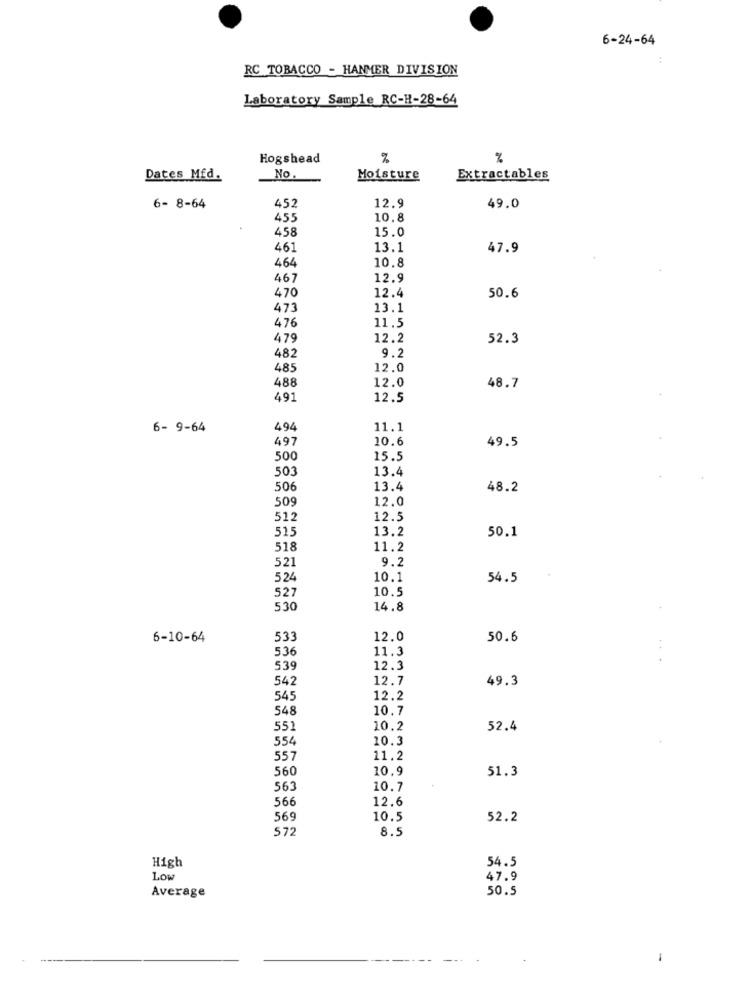
6-24-64
RC TOBACCO - HANMER DIVISION
Laboratory Sample RC-H-28-64
Hogshead
%
Dates Mfd.
No
Moisture
Extractables
452
12.9
6- 8-64
49.0
455
10.8
458
15.0
461
13.1
47.9
464
10.8
467
12.9
470
12.4
50.6
473
13.1
11.5
476
479
12.2
52.3
9.2
482
485
12.0
488
12.0
48.7
491
12.5
6- 9-64
494
11.1
497
10.6
49.5
500
15.5
50
13.4
506
13.4
48.2
50
12.0
512
12.5
13.2
50.1
518
11.2
521
9.2
524
10.1
54.5
527
10.5
530
14.8
6-10-64
53
12.0
50.6
536
11.3
..
539
12.3
542
12.7
49.3
545
12.2
548
10.7
551
10.2
52.4
554
10.3
557
11.2
560
10.9
51.3
563
10.7
566
12.6
569
10.5
52.2
572
8.5
High
54.5
LOW
47.9
Average
50.5
-